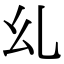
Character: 乣